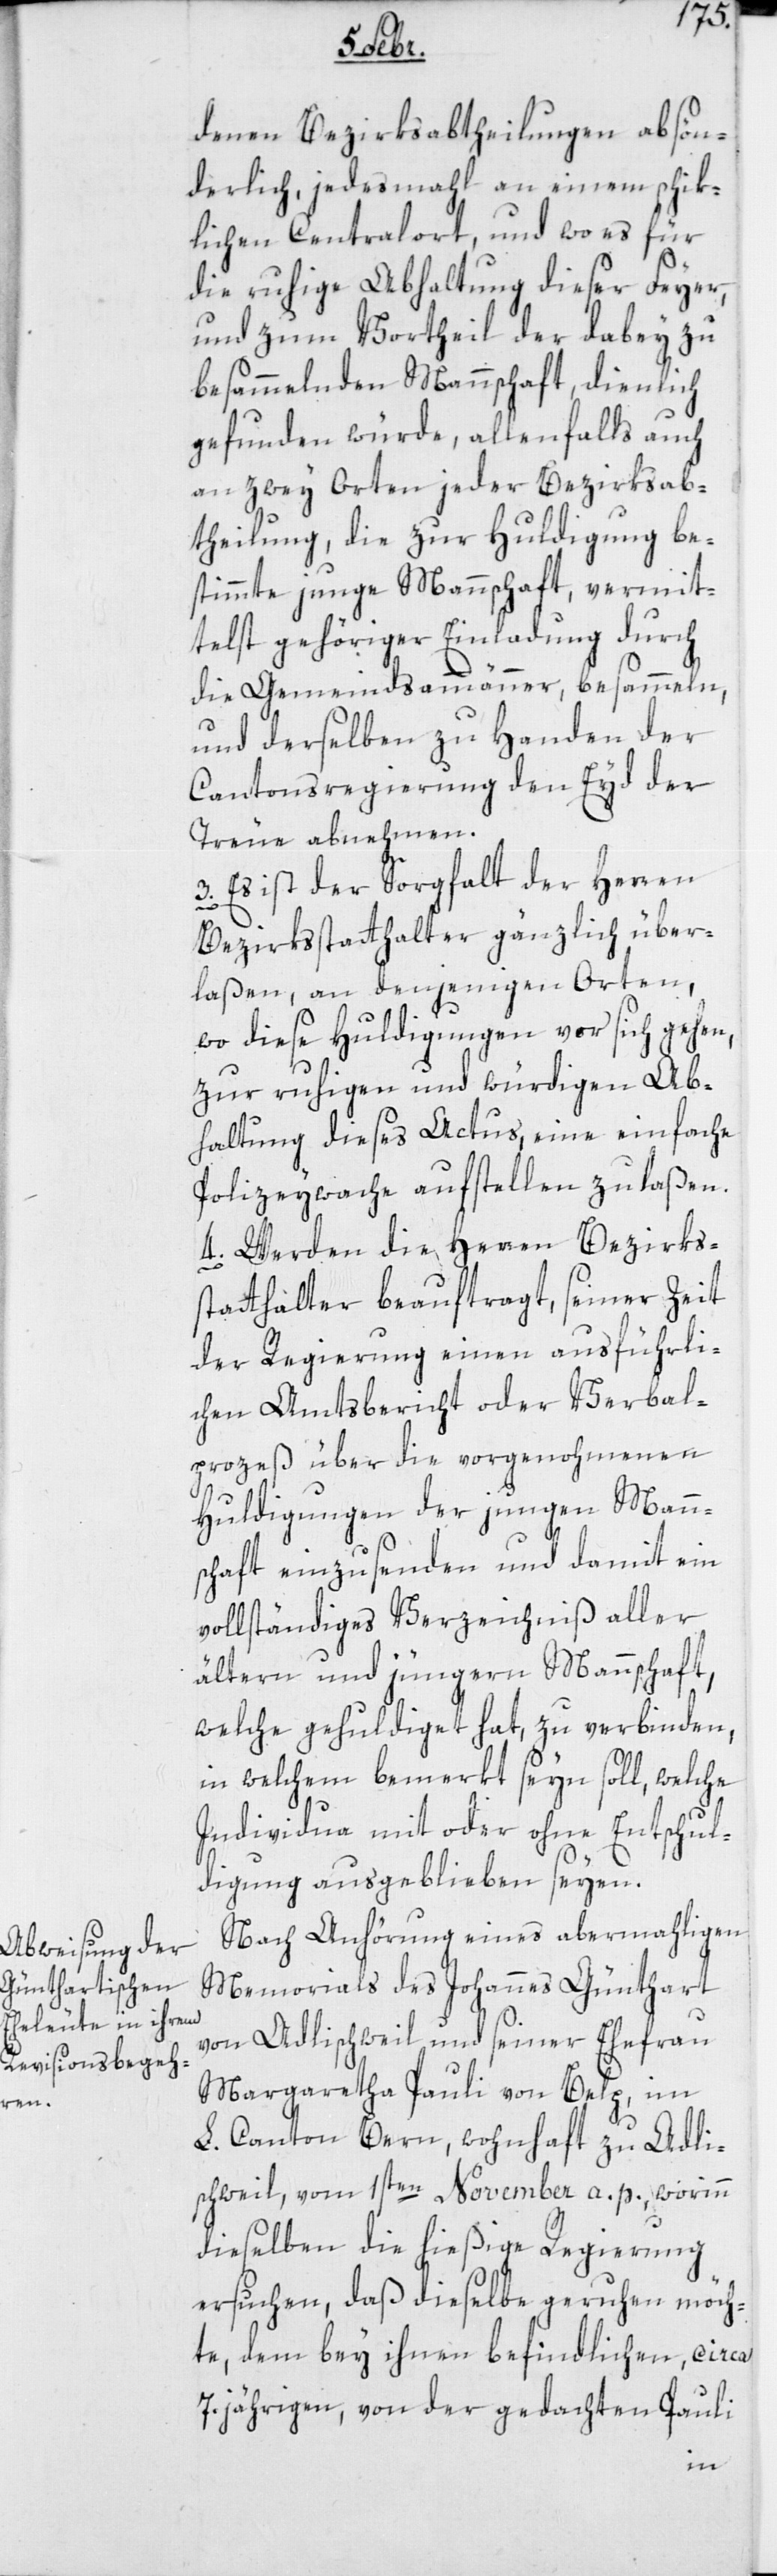
denen Bezirksabtheilungen absön¬
derlich, jedesmahl an einem schik¬
lichen Centralort, und wo es für
die ruhige Abhaltung dieser Feyer,
und zum Vortheil der dabey zu
besammelnden Mannschaft, dienlich
gefunden würde, allenfalls auch
an zwey Orten jeder Bezirksab¬
theilung, die zur Huldigung be¬
stimmte junge Mannschaft, vermit¬
telst gehöriger Einladung durch
die Gemeindsammänner, besammeln,
und derselben zu Handen der
Cantonsregierung den Eyd der
Treue abnehmen.
3. Es ist der Sorgfalt der Herren
Bezirksstatthalter gänzlich über¬
laßen, an denjenigen Orten,
wo diese Huldigungen vor sich gehen,
zur ruhigen und würdigen Ab¬
haltung dieses Actus, eine einfache
Polizeywache aufstellen zu laßen.
4. Werden die Herren Bezirks¬
statthalter beauftragt, seiner Zeit
der Regierung einen ausführli¬
chen Amtsbericht oder Verbal¬
prozeß über die vorgenohmenen
Huldigungen der jungen Mann¬
schaft einzusenden und damit ein
vollständiges Verzeichniß aller
ältern und jüngeren Mannschaft,
welche gehuldiget hat, zu verbinden,i¬
n welchem bemerkt seyn soll, welche
Individua mit oder ohne Entschul¬
digung ausgeblieben seyen.
Nach Anhörung eines abermahligen
Memorials des Johannes Günthart
von Adlischweil und seiner Ehefrau
Margaretha Pauli von Belp, im
L. Canton Bern, wohnhaft zu Adli¬
schweil, vom 1sten November a. p., worinn
dieselben die hießige Regierung
ersuchen, daß dieselbe geruhen möch¬
te, dem bey ihnen befindlichen, ca.
7.jährigen, von der gedachten Pauli